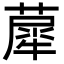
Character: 𦼗